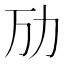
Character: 劢